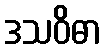
ဒသဝိဓာ